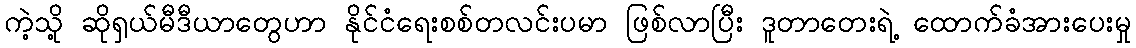
ကဲ့သို့ ဆိုရှယ်မီဒီယာတွေဟာ နိုင်ငံရေးစစ်တလင်းပမာ ဖြစ်လာပြီး ဒူတာတေးရဲ့ ထောက်ခံအားပေးမှု